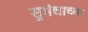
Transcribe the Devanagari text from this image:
सुगंधाच्या